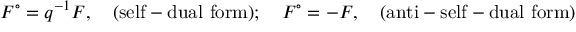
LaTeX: F ^ { \circ } = q ^ { - 1 } F , \quad \mathrm { ( s e l f - d u a l \ f o r m ) } ; \quad F ^ { \circ } = - F , \quad \mathrm { ( a n t i - s e l f - d u a l \ f o r m ) }